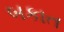
બકાત